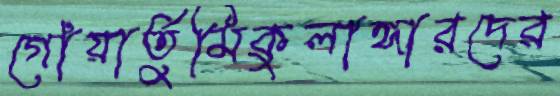
গোঁয়ার্তুমিকুলাঙ্গারদের